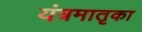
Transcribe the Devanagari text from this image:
यंत्रमातृका